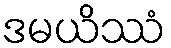
ဒမယိဿံ